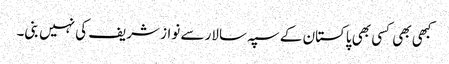
کبھی بھی کسی بھی پاکستان کے سپہ سالار سے نواز شریف کی نہیں بنی۔